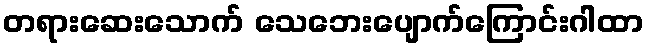
တရားဆေးသောက် သေဘေးပျောက်ကြောင်းဂါထာ